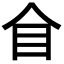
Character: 𥃦